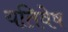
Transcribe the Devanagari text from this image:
यतिवेष